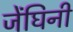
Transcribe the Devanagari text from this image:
जेंघिनी